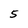
Character: 5